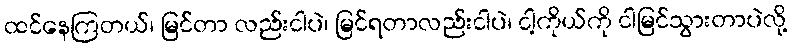
ထင်နေကြတယ်၊ မြင်တာ လည်းငါပဲ၊ မြင်ရတာလည်းငါပဲ၊ ငါ့ကိုယ်ကို ငါမြင်သွားတာပဲလို့